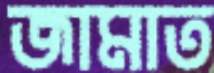
জামাত